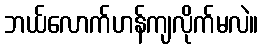
ဘယ်လောက်ဟန်ကျလိုက်မလဲ။